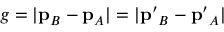
g = | \mathbf { p } _ { B } - \mathbf { p } _ { A } | = | \mathbf { p ^ { \prime } } _ { B } - \mathbf { p ^ { \prime } } _ { A } |